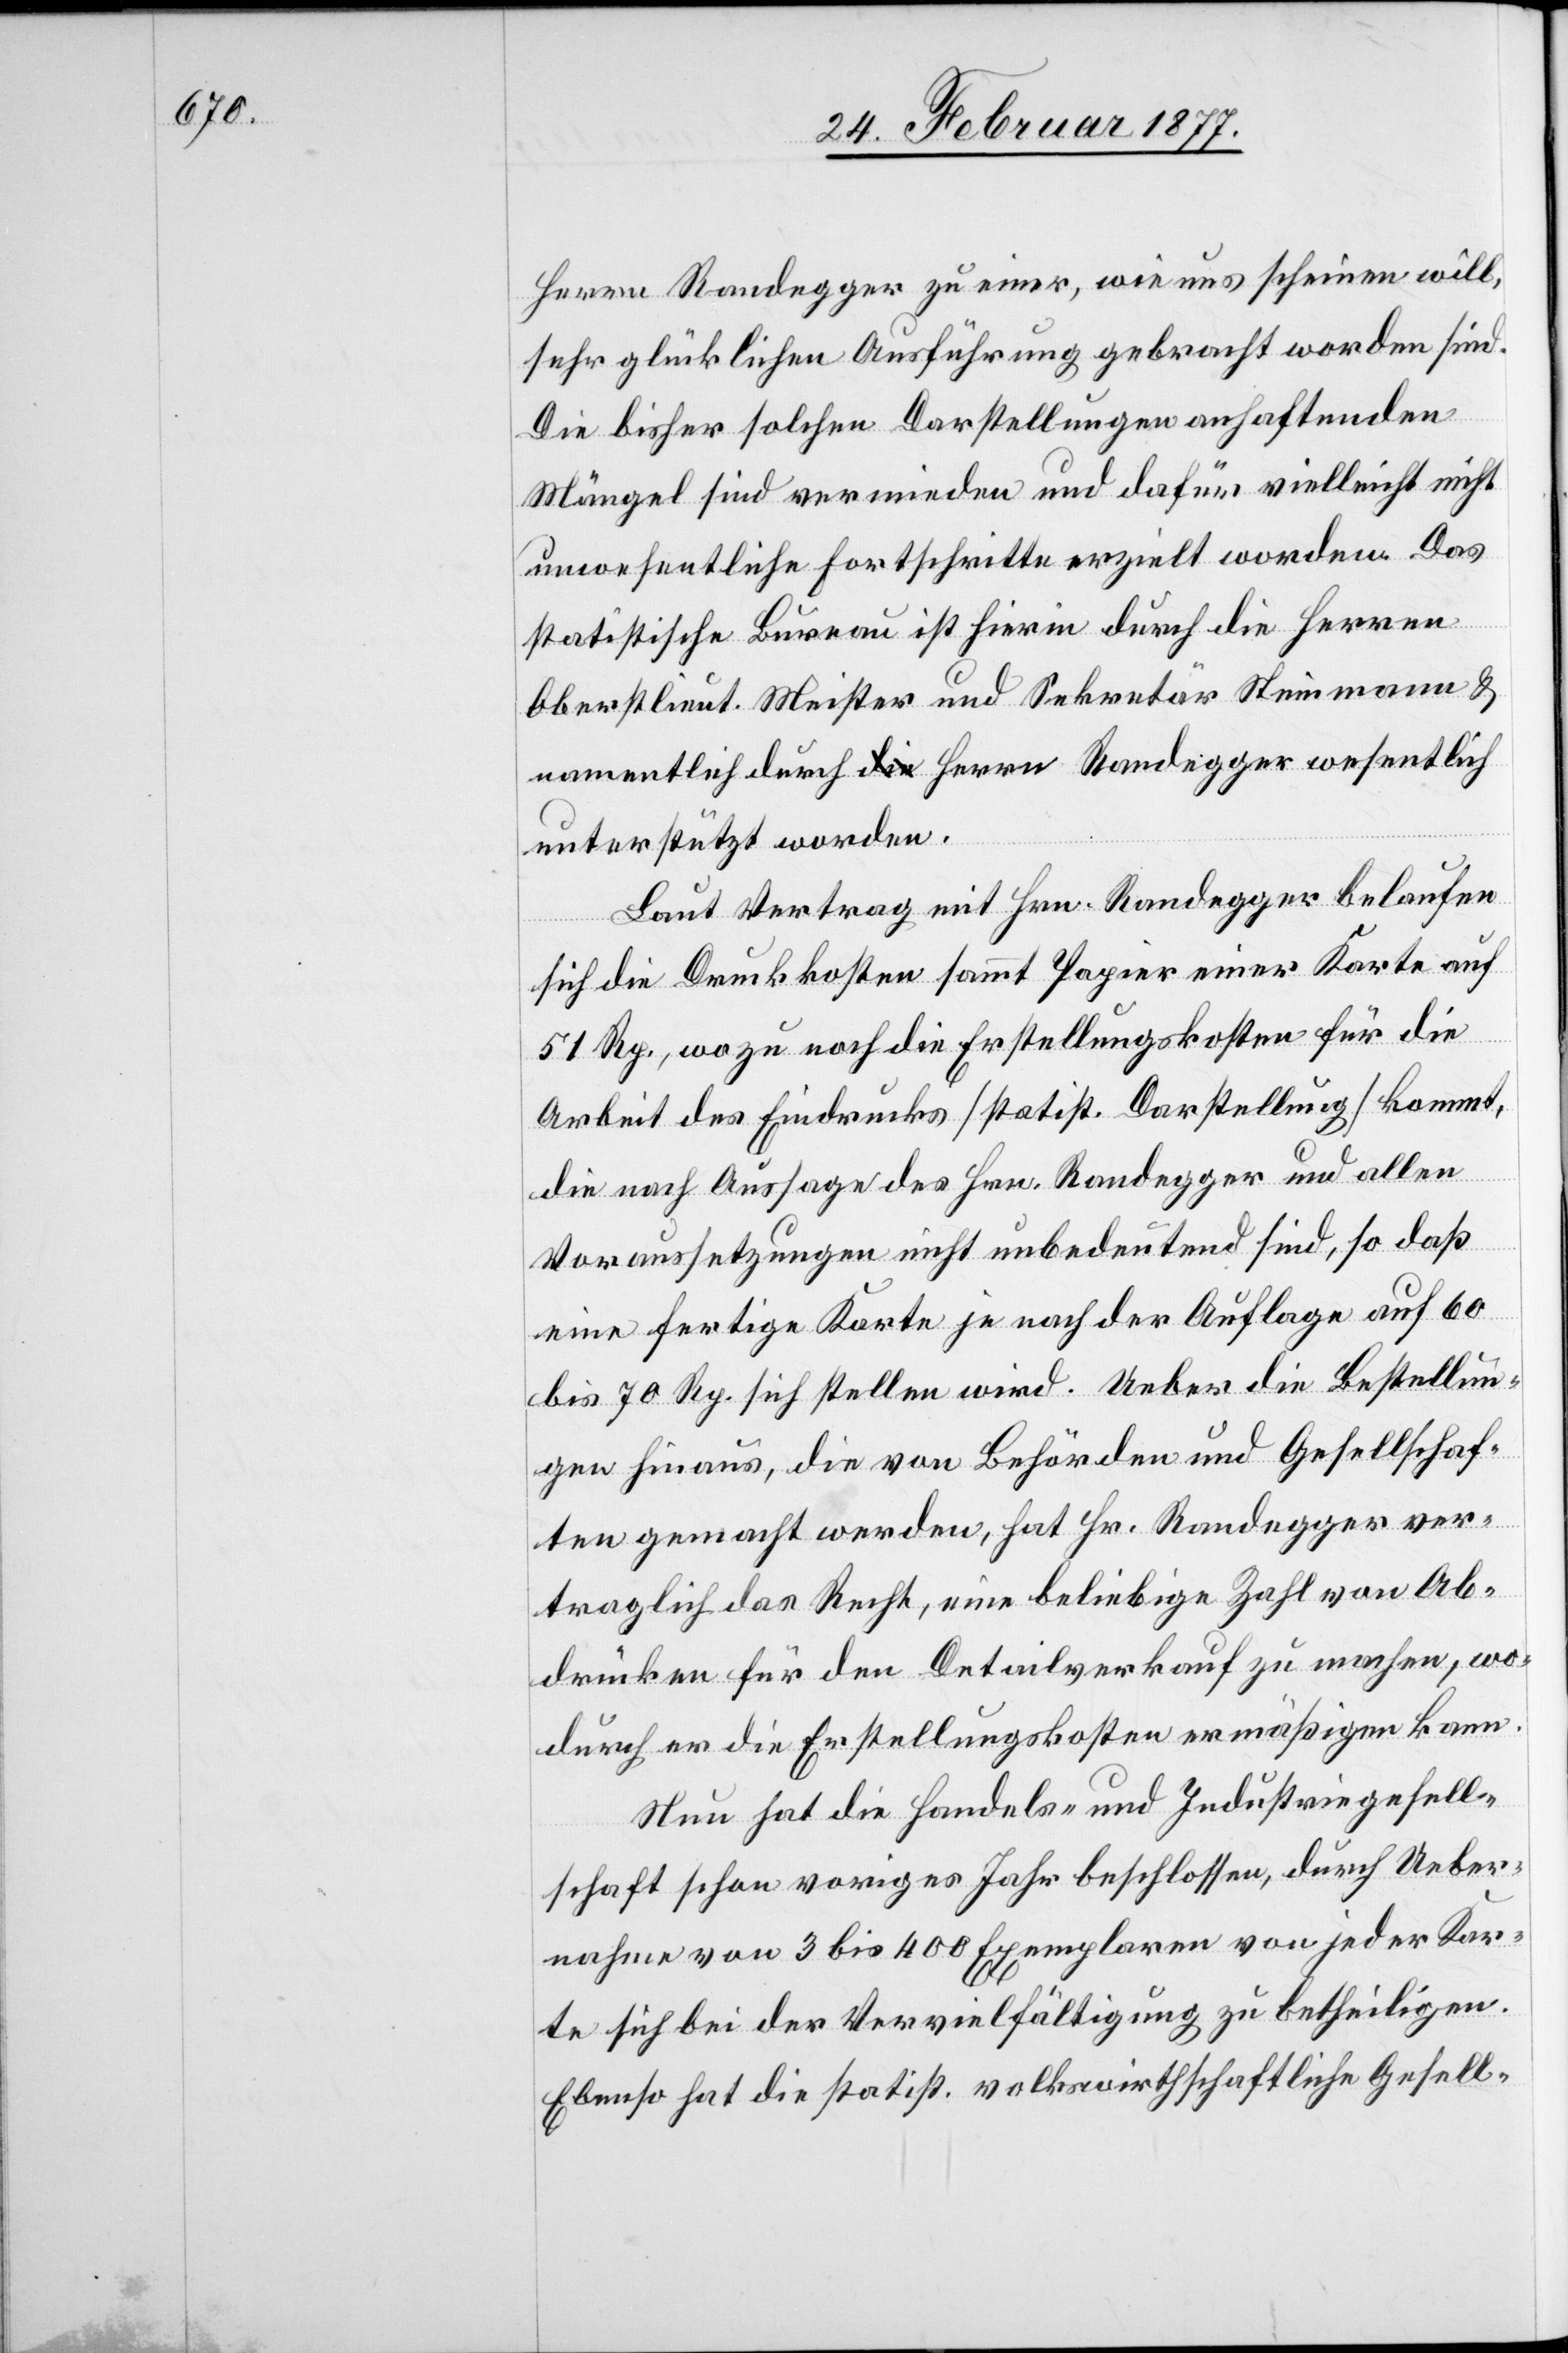
Herrn Randegger zu einer, wie uns scheinen will,
sehr glücklichen Ausführung gebracht worden sind.
Die bisher solchen Darstellungen anhaftenden
Mängel sind vermieden und dafür vielleicht nicht
unwesentliche Fortschritte erzielt worden. Das
statistische Bureau ist hierin durch die Herren
Oberstlieut. Meister und Sekretär Steinmann &
namentlich durch Herrn Randegger wesentlich
unterstützt worden.
Laut Vertrag mit Hrn. Randegger belaufen
sich die Druckkosten sammt Papier einer Karte auf
51 Rp., wozu noch die Erstellungskosten für die
Arbeit des Eindrucks [statist. Darstellung] kommt,
die nach Aussage des Hrn. Randegger und allen
Voraussetzungen nicht unbedeutend sind, so daß
eine fertige Karte je nach der Auflage auf 60
bis 70 Rp. sich stellen wird. Ueber die Bestellun¬
gen hinaus, die von Behörden und Gesellschaf¬
ten gemacht werden, hat Hr. Randegger ver¬
traglich das Recht, eine beliebige Zahl von Ab¬
drücken für den Detailverkauf zu machen, wo¬
durch er die Erstellungskosten ermäßigen kann.
Nun hat die Handels- und Industriegesell¬
schaft schon voriges Jahr beschlossen, durch Ueber¬
nahme von 3 bis 400 Exemplaren von jeder Kar¬
te sich bei der Vervielfältigung zu betheiligen.
Ebenso hat die statist. volkswirthschaftliche Gesell-